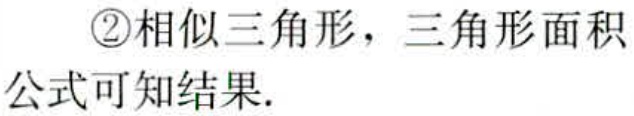
\textcircled{2}相似三角形，三角形面积公式可知结果.